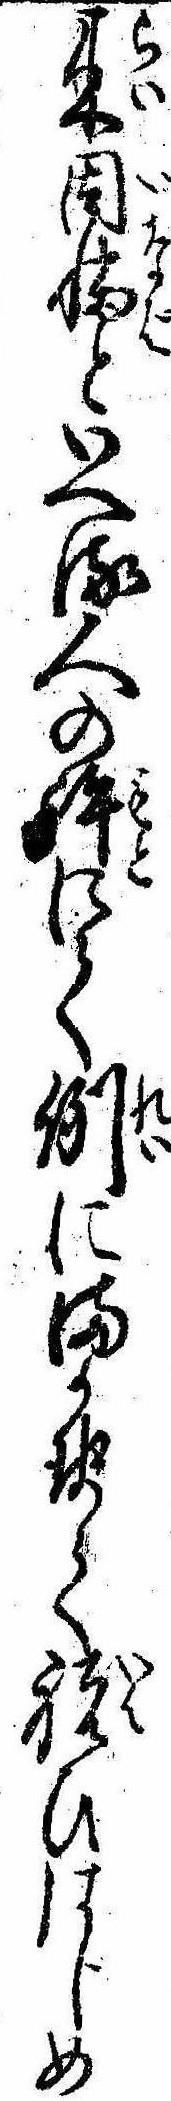
来因幡といへる人の許にて例にまかせて祝ひはじめ